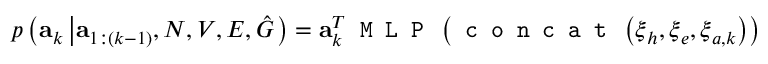
p \left( \mathbf { a } _ { k } \left| \mathbf { a } _ { 1 : ( k - 1 ) } , N , V , E , \hat { G } \right. \right) = \mathbf { a } _ { k } ^ { T } \texttt { M L P } \left( \texttt { c o n c a t } \left( \boldsymbol { \xi } _ { h } , \boldsymbol { \xi } _ { e } , \boldsymbol { \xi } _ { a , k } \right) \right)